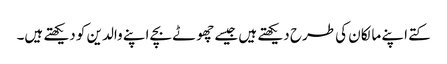
کتے اپنے مالکان کی طرح دیکھتے ہیں جیسے چھوٹے بچے اپنے والدین کو دیکھتے ہیں۔